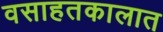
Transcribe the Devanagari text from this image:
वसाहतकालात